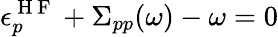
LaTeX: \epsilon_{p}^{\mathrm{~H~F~}}+\Sigma_{pp}(\omega)-\omega=0